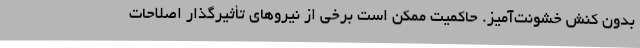
بدون کنش خشونت‌آمیز. حاکمیت ممکن است برخی از نیروهای تأثیرگذار اصلاحات